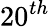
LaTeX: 20^{th}